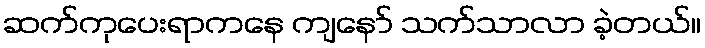
ဆက်ကုပေးရာကနေ ကျနော် သက်သာလာ ခဲ့တယ်။